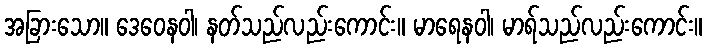
အခြားသော။ ဒေဝေနဝါ၊ နတ်သည်လည်းကောင်း။ မာရေနဝါ၊ မာရ်သည်လည်းကောင်း။